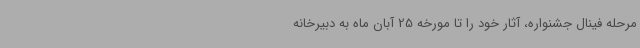
مرحله فینال جشنواره، آثار خود را تا مورخه 25 آبان ماه به دبیرخانه